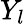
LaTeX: Y_{l}